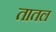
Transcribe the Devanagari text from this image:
तातल